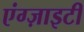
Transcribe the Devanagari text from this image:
एंग्ज़ाइटी